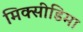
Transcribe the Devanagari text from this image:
मिक्सीडिमा